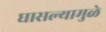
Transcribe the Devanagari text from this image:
घासल्यामुळे